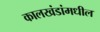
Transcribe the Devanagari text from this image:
कालखंडांमधील